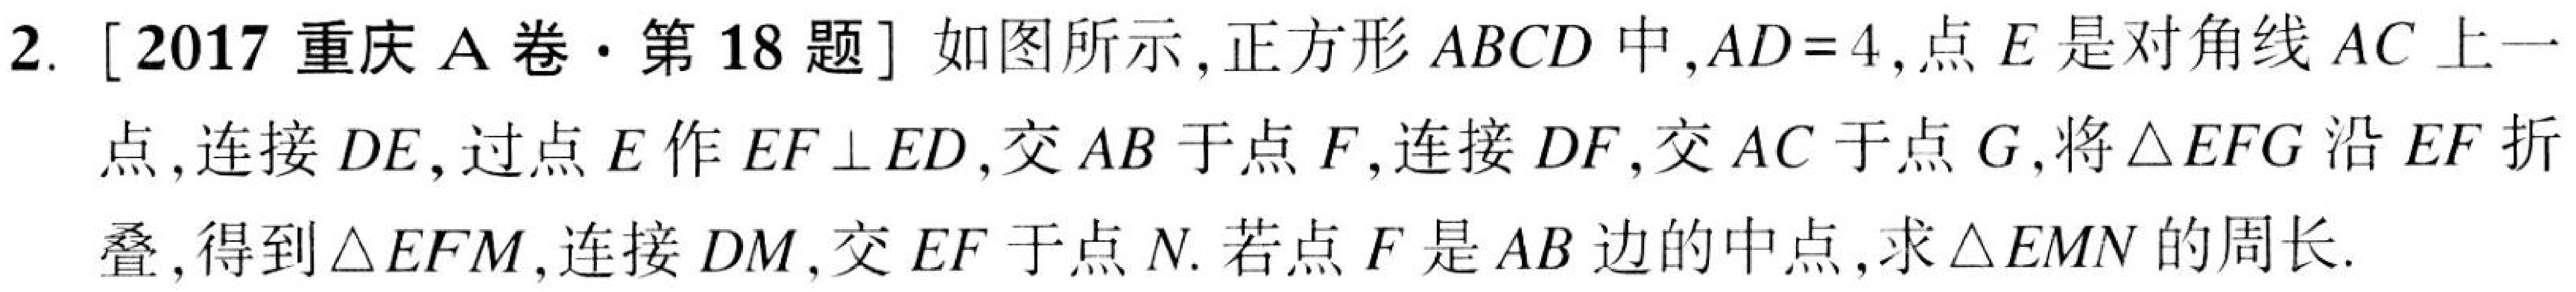
2. [2017重庆A卷·第18题] 如图所示，正方形$ABCD$中，$AD = 4$，点$E$是对角线$AC$上一
点，连接$DE$，过点$E$作$EF\perp ED$，交$AB$于点$F$，连接$DF$，交$AC$于点$G$，将$\triangle EFG$沿$EF$折
叠，得到$\triangle EFM$，连接$DM$，交$EF$于点$N$. 若点$F$是$AB$边的中点，求$\triangle EMN$的周长.